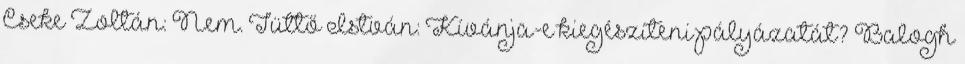
Cseke Zoltán: Nem. Tüttő István: Kívánja-e kiegészíteni pályázatát? Balogh